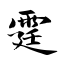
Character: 霆